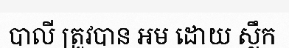
បាលី ត្រូវបាន អម ដោយ ស្លឹក